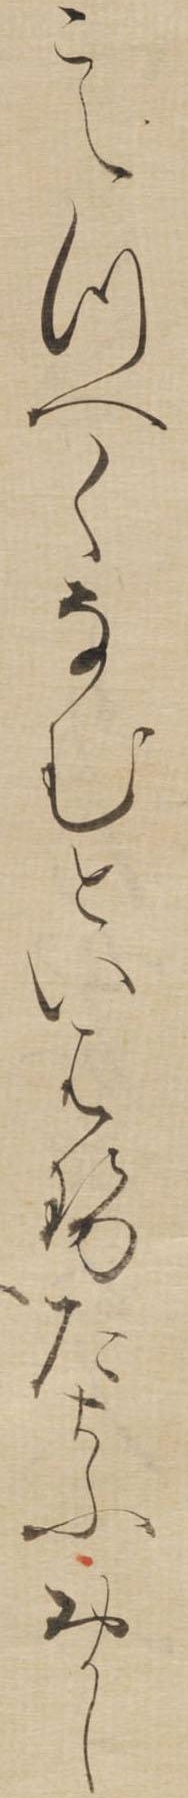
こえつへくなむといはせたまふおかし